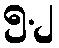
၅.၂